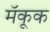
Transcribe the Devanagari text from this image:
मॅकूक